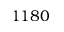
1 1 8 0